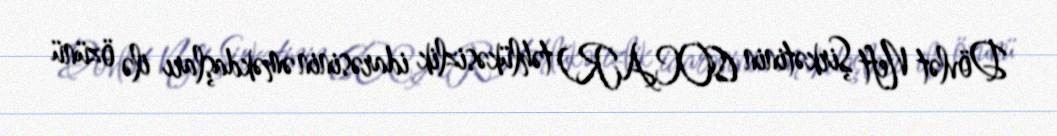
Dövlət Neft Şirkətinin (SOCAR) təhlükəsizlik idarəsinin əməkdaşları ilə özünü